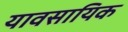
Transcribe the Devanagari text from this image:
यावसायिक